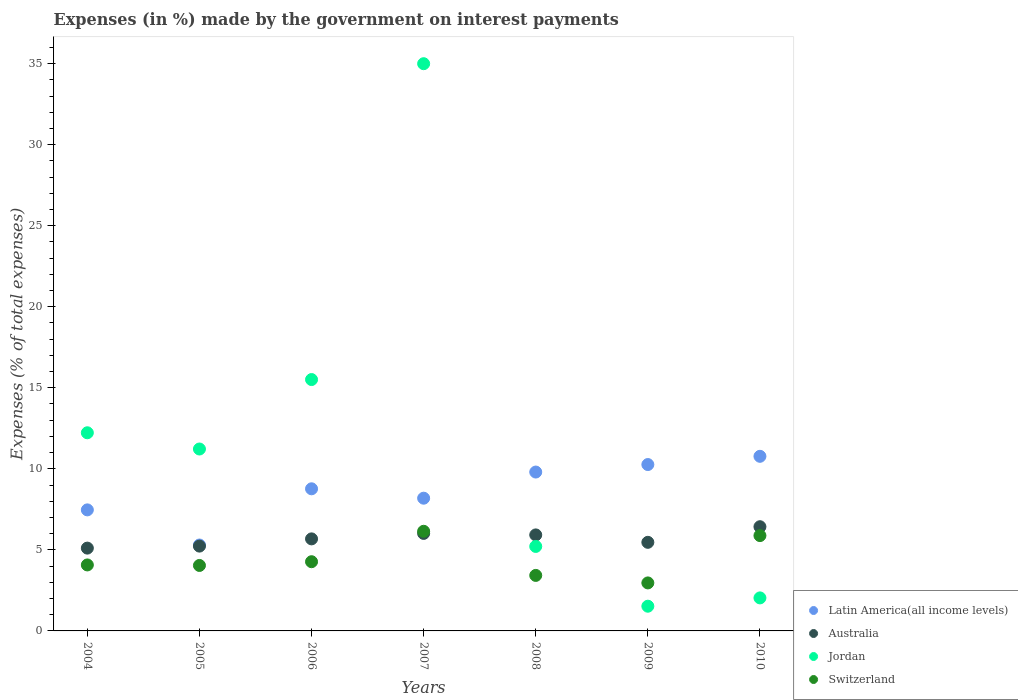
| Years | Latin America(all income levels) | Australia | Jordan | Switzerland |
 | --- | --- | --- | --- | --- |
 | 2004 | 7.47 | 5.11 | 12.2 | 4.07 |
 | 2005 | 5.3 | 5.23 | 11.2 | 4.04 |
 | 2006 | 8.77 | 5.68 | 15.5 | 4.27 |
 | 2007 | 8.19 | 6.02 | 35 | 6.15 |
 | 2008 | 9.8 | 5.92 | 5.21 | 3.42 |
 | 2009 | 10.3 | 5.47 | 1.52 | 2.96 |
 | 2010 | 10.8 | 6.43 | 2.04 | 5.88 |